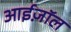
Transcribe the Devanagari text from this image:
आईज़ॉल